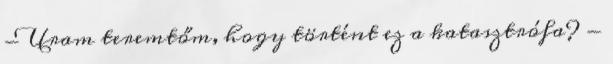
- Uram teremtőm, hogy történt ez a katasztrófa? -